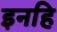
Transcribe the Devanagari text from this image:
इनहि